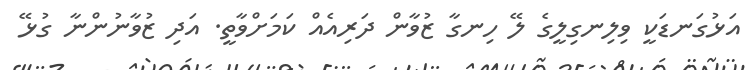
އަޅުގަނޑަކީ ވިލިނގިލީގެ ލޭ ހިނގާ ޒުވާން ދަރިއެއް ކަމަށްވާތީ. އަދި ޒުވާނުންނާ ގުޅޭ